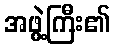
အဖွဲ့ကြီး၏